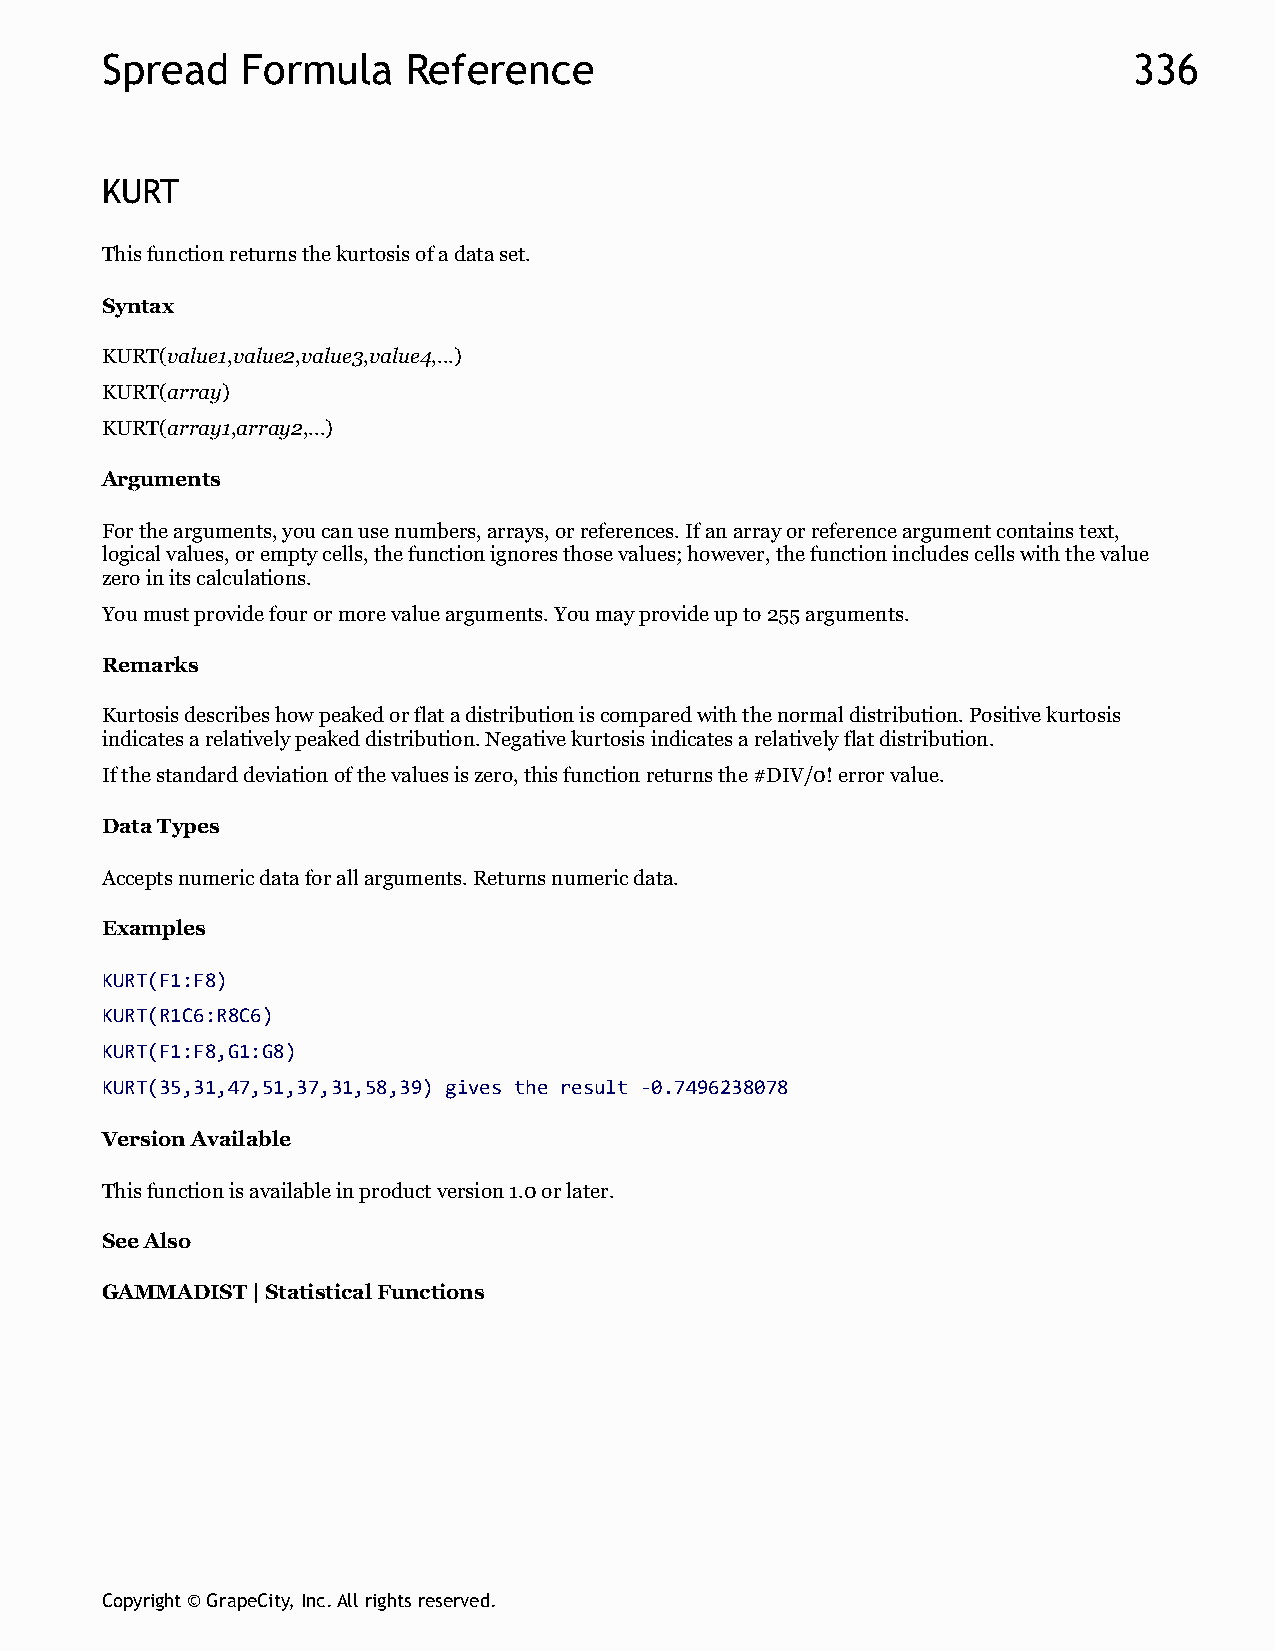
Spread   Formula    Reference                                       336
 KURT
 This function returns the kurtosis of a data set.
 Syntax
 KURT(value1,value2,value3,value4,...)
 KURT(array)
 KURT(array1,array2,...)
 Arguments
 For the arguments, you can use numbers, arrays, or references. If an array or reference argument contains text,
 logical values, or empty cells, the function ignores those values; however, the function includes cells with the value
 zero in its calculations.
 You must provide four or more value arguments. You may provide up to 255 arguments.
 Remarks
 Kurtosis describes how peaked or flat a distribution is compared with the normal distribution. Positive kurtosis
 indicates a relatively peaked distribution. Negative kurtosis indicates a relatively flat distribution.
 If the standard deviation of the values is zero, this function returns the #DIV/0! error value.
 Data Types
 Accepts numeric data for all arguments. Returns numeric data.
 Examples
 KURT(F1:F8)
 KURT(R1C6:R8C6)
 KURT(F1:F8,G1:G8)
 KURT(35,31,47,51,37,31,58,39) gives the result -0.7496238078
 Version Available
 This function is available in product version 1.0 or later.
 See Also
 GAMMADIST | Statistical Functions
 Copyright © GrapeCity, Inc. All rights reserved.